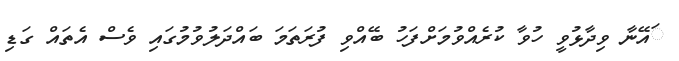
ައޭނާ ވިދާޅުވީ ހުވާ ކުރެއްވުމަށްފަހު ބޭއްވި ފުރަތަމަ ބައްދަލުވުމުގައި ވެސް އެތައް ގަޑި